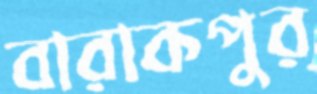
বারাকপুর